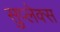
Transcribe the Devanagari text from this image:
सुप्लेक्स